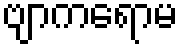
ဗျာကရောမ